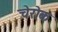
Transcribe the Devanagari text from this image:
चेरोक